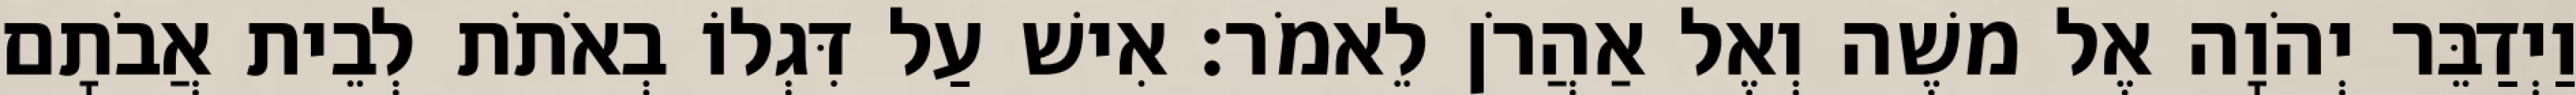
וַיְדַבֵּר יְהֹוָה אֶל משֶׁה וְאֶל אַהֲרֹן לֵאמֹר׃ אִישׁ עַל דִּגְלוֹ בְאֹתֹת לְבֵית אֲבֹתָם